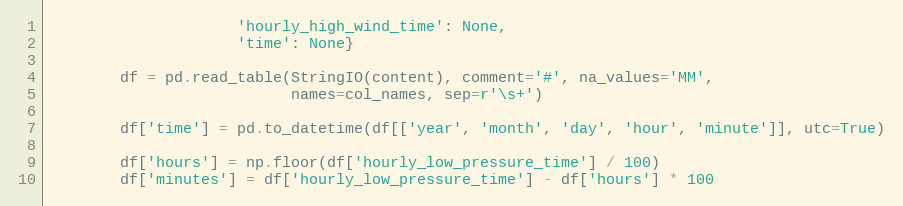
Language: Python
                     'hourly_high_wind_time': None,
                     'time': None}

        df = pd.read_table(StringIO(content), comment='#', na_values='MM',
                           names=col_names, sep=r'\s+')

        df['time'] = pd.to_datetime(df[['year', 'month', 'day', 'hour', 'minute']], utc=True)

        df['hours'] = np.floor(df['hourly_low_pressure_time'] / 100)
        df['minutes'] = df['hourly_low_pressure_time'] - df['hours'] * 100